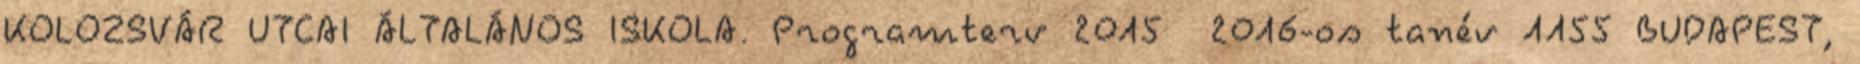
KOLOZSVÁR UTCAI ÁLTALÁNOS ISKOLA. Programterv 2015 2016-os tanév 1155 BUDAPEST,